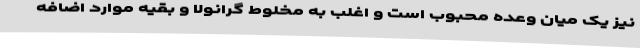
نیز یک میان وعده محبوب است و اغلب به مخلوط گرانولا و بقیه موارد اضافه